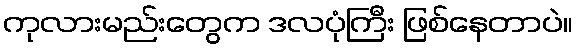
ကုလားမည်းတွေက ဒလပုံကြီး ဖြစ်နေတာပဲ။